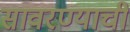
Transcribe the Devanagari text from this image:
सावरण्याची